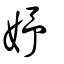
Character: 妤